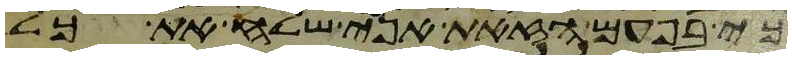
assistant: כי בפעם הזאת אני שלח את כל